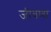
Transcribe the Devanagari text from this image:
जीवणा